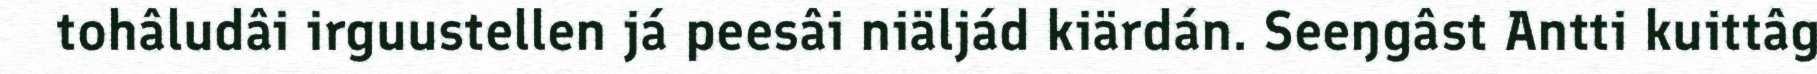
tohâludâi irguustellen já peesâi niäljád kiärdán. Seeŋgâst Antti kuittâg